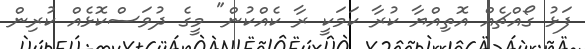
ފަޅު ގޯއްޗެއް އޮތިއްޔާ ކުރާ ކަމަކީ ރާ ކެއްކުން" މީގެ ދުވަސްކޮޅެއް ކުރިން